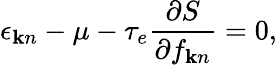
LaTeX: \epsilon_{{\mathbf k}n}-\mu-\tau_{e}\frac{\partial S}{\partial f_{{\mathbf k}n}}=0,